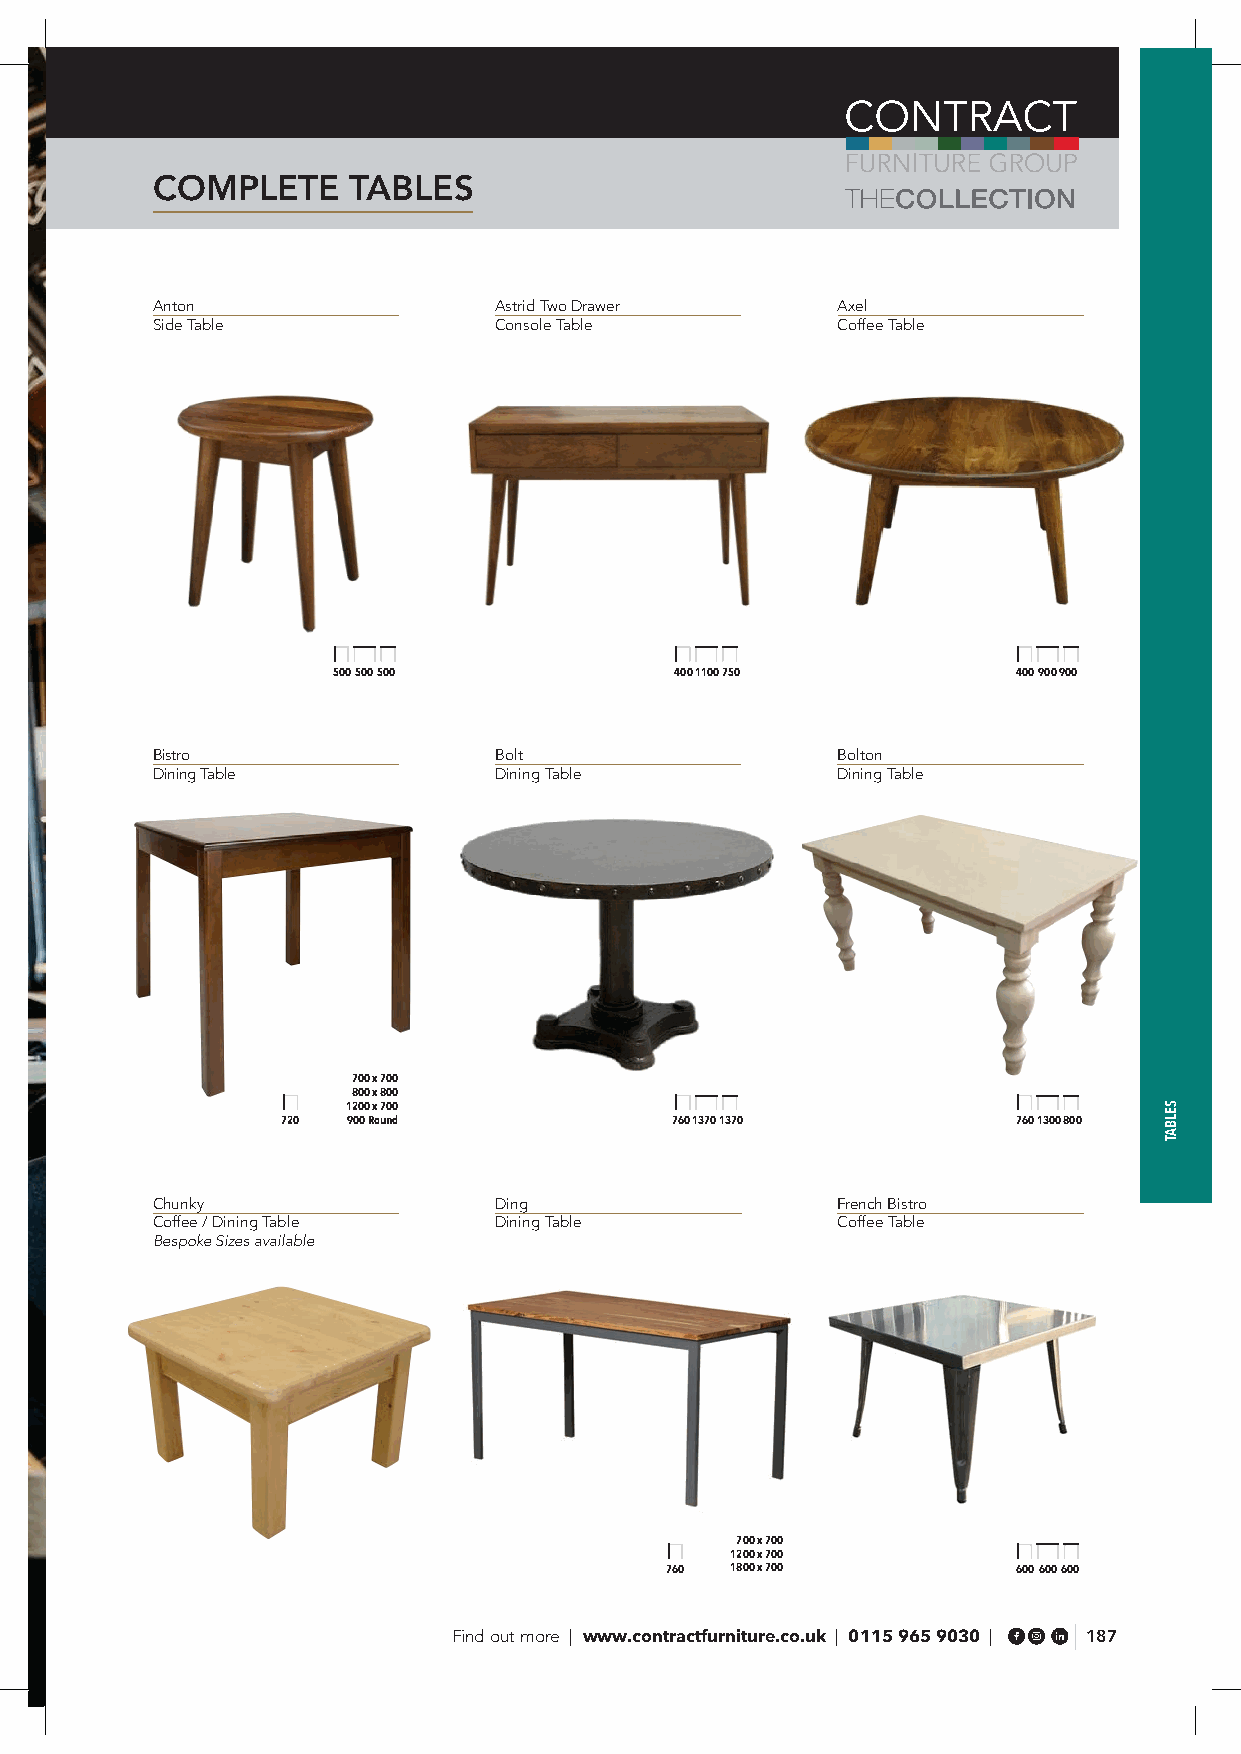
COMPLETE     TABLES
 Anton                  Astrid Two Drawer     Axel
 Side Table             Console Table         Coffee Table
 500 500 500            400 1100 750          400 900 900
 Bistro                 Bolt                  Bolton
 Dining Table           Dining Table          Dining Table
 700 x 700
 800 x 800
 1200 x 700
 720 900 Round            760 1370 1370          760 1300 800
 Chunky                 Ding                  French Bistro
 Coffee / Dining Table  Dining Table          Coffee Table
 Bespoke Sizes available
 700 x 700
 1200 x 700
 760 1800 x 700         600 600 600
 Find out more | www.contractfurniture.co.uk | 0115 965 9030 | 187
 SELBAT